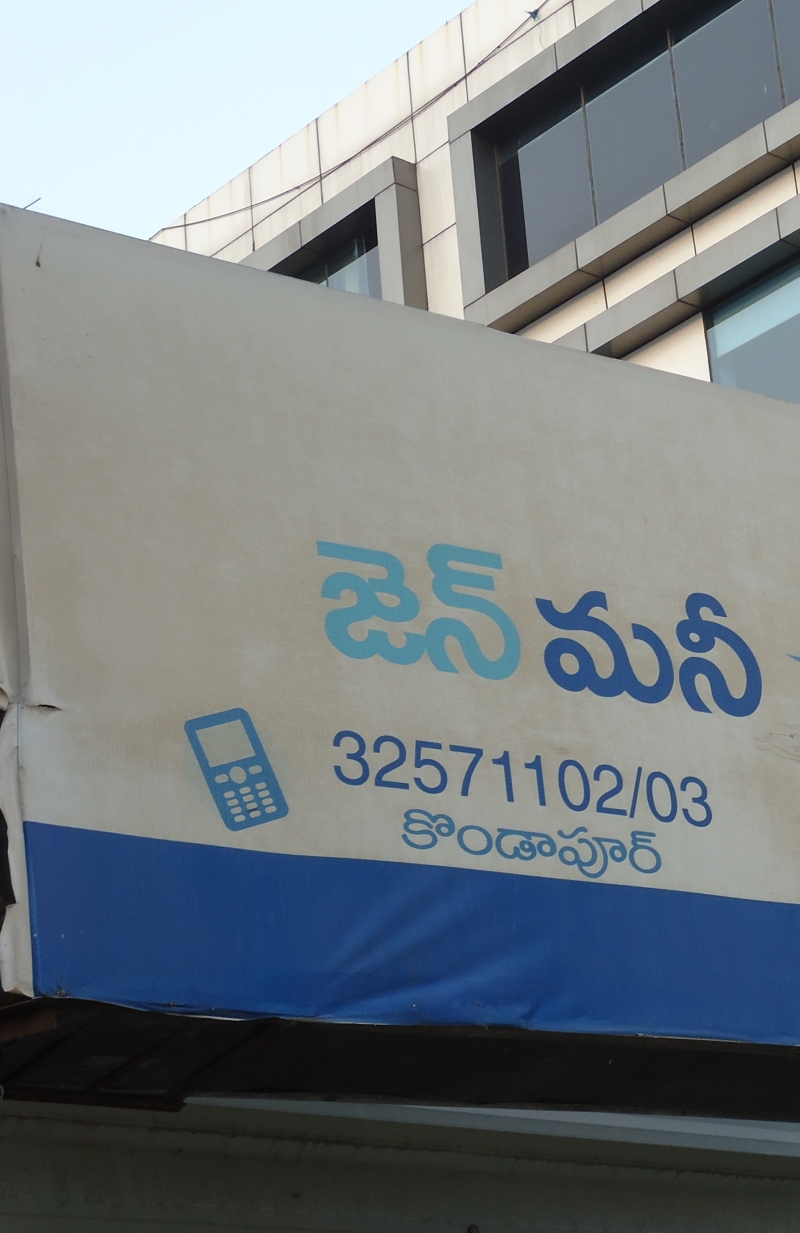
Language: telugu
Transcription: జెన్ మనీ కొండాపూర్